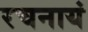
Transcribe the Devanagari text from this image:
रचनायं